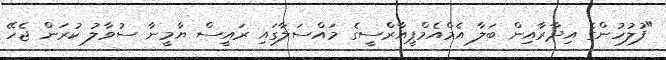
"ފުލުހުންގެ އިދާރާއިން ބަލާ އެމްއެމްޕީއާރްސީގެ މައްސަލާގައި ރައީސް ޔާމީނާ ސުވާލު ކުރަން ޖެހޭ